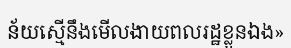
ន័យស្មើនឹងមើលងាយពលរដ្ឋខ្លួនឯង»